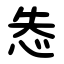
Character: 怣